Source: Handwritten
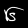
Digit: ၆ (6)